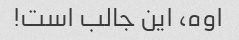
اوه، این جالب است!